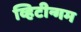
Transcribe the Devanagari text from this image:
व्हिटीन्गम